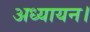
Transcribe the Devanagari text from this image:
अध्यायन।